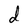
Character: d